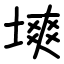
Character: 塽